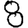
Digit: 8